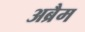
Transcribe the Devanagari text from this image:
अब्रैम